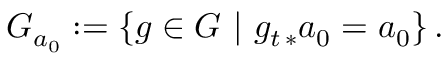
G _ { a _ { 0 } } : = \{ g \in G \ | \ g _ { t \, * } a _ { 0 } = a _ { 0 } \} \, .